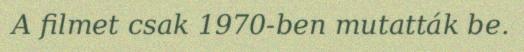
A filmet csak 1970-ben mutatták be.